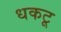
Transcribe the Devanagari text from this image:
धकटू